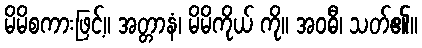
မိမိစကားဖြင့်။ အတ္တာနံ၊ မိမိကိုယ် ကို။ အဝဓီ၊ သတ်၏။